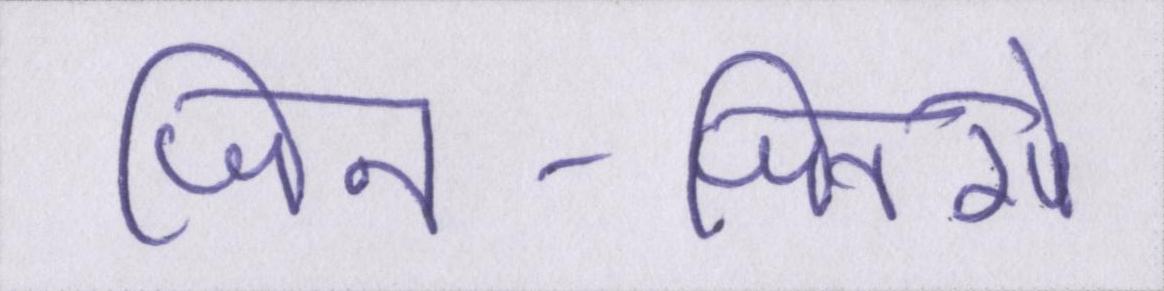
जिन-जिनसे